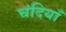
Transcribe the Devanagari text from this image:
चंदियाँ